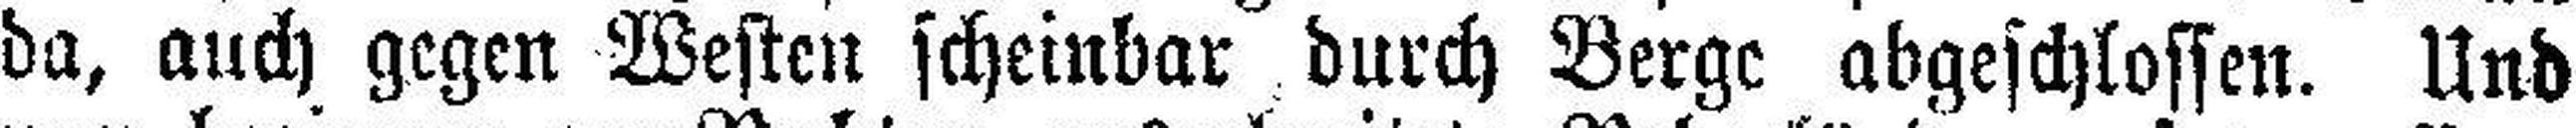
da, auch gegen Westen scheinbar durch Berge abgeschlossen. Und